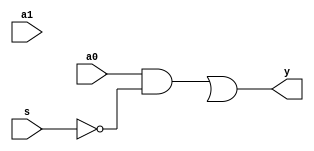
module mux2x1_gates(a0, a1, s, y); 
  input a0, a1, s;
  output y;
  
  wire sn, a0_sn, a1_sn;
  
  not i0(sn, s);
  and i1(a0_sn, a0, sn);
  and i2(a1_sn, a1, s);
  or i3(y, a0_sn, a1_s);
  
endmodule


`timescale 1ns/1ns
module mux2x1_gates_tb;
  reg a0, a1,s;
  wire y;
  
  mux2x1_gates mux2x1 (a0,a1,s,y);
  initial begin
    	a0 = 0; a1 = 0; s = 0;
    $display("time\ts\ta1\ta0\ty");
    $monitor("%2d:\t%b\t%b\t%b\t%b", $time, s, a1, a0, y);
    #8 $finish;
  end
  
  always #1 a0 = !a0;
  always #2 a1 = !a1;
  always #4 s = !s;

  initial begin
    $dumpfile("dump.vcd");
    $dumpvars;
  end
  
endmodule